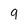
Character: 9